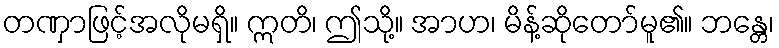
တဏှာဖြင့်အလိုမရှိ။ ဣတိ၊ ဤသို့။ အာဟ၊ မိန့်ဆိုတော်မူ၏။ ဘန္တေ၊